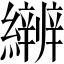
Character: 𱺎